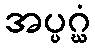
အပ္ပဂ္ဃံ